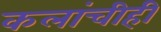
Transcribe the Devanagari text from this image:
कलांचीही